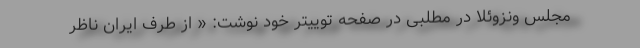
مجلس ونزوئلا در مطلبی در صفحه توییتر خود نوشت: « از طرف ایران ناظر